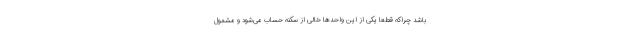
باشد چراکه قطعا یکی از این واحدها خالی از سکنه حساب می‌شود و مشمول